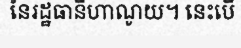
នៃរដ្ឋធានីហាណូយ។ នេះបើ